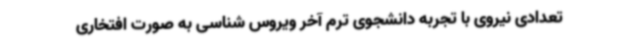
تعدادی نیروی با تجربه دانشجوی ترم آخر ویروس شناسی به صورت افتخاری